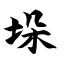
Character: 垛